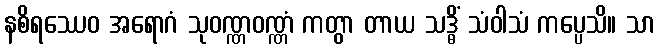
နစိရဿေဝ အရောဂံ သုဝဏ္ဏဝဏ္ဏံ ကတွာ တာယ သဒ္ဓိံ သံဝါသံ ကပ္ပေသိ။ သာ